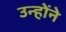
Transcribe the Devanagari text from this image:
उन्हाेंने